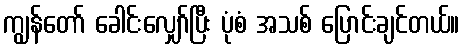
ကျွန်တော် ခေါင်းလျှော်ပြီး ပုံစံ အသစ် ပြောင်းချင်တယ်။